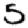
Digit: 5